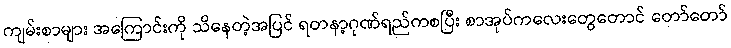
ကျမ်းစာများ အကြောင်းကို သိနေတဲ့အပြင် ရတနာ့ဂုဏ်ရည်ကစပြီး စာအုပ်ကလေးတွေတောင် တော်တော်